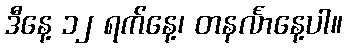
ဒီနေ့ ၁၂ ရက်နေ့၊ တနင်္လာနေ့ပါ။